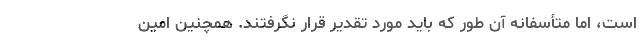
است، اما متأسفانه آن طور که باید مورد تقدیر قرار نگرفتند. همچنین امین